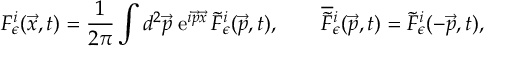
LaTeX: { \cal F } _ { \epsilon } ^ { i } ( \vec { x } , t ) = \frac { 1 } { 2 \pi } \int d ^ { 2 } \vec { p } \; \mathrm { e } ^ { i \vec { p } \vec { x } } \, \tilde { \cal F } _ { \epsilon } ^ { i } ( \vec { p } , t ) , \qquad \overline { { { \tilde { \cal F } } } } { } _ { \epsilon } ^ { i } ( \vec { p } , t ) = \tilde { \cal F } _ { \epsilon } ^ { i } ( - \vec { p } , t ) ,